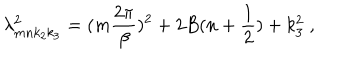
\lambda _ { m n k _ { 2 } k _ { 3 } } ^ { 2 } = ( m \frac { 2 \pi } { \beta } ) ^ { 2 } + 2 B ( n + \frac { 1 } { 2 } ) + k _ { 3 } ^ { 2 } \; ,